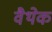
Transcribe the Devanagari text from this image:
वैथेक